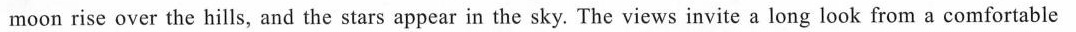
moon rise over the hills, and the stars appear in the sky. The views invite a long look from a comfortable